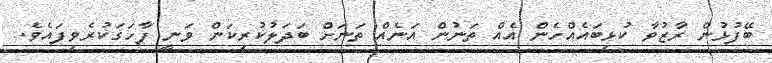
ބޭފުޅުން ރާޒުވާ ކުޅިބައެއްހެން އެއް ތަނުން އަނެއް ތަނަށް ބަދަލުކުރިކަން ވަނީ ފާހަގަކުރެވިފައެވެ.